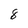
Character: 8